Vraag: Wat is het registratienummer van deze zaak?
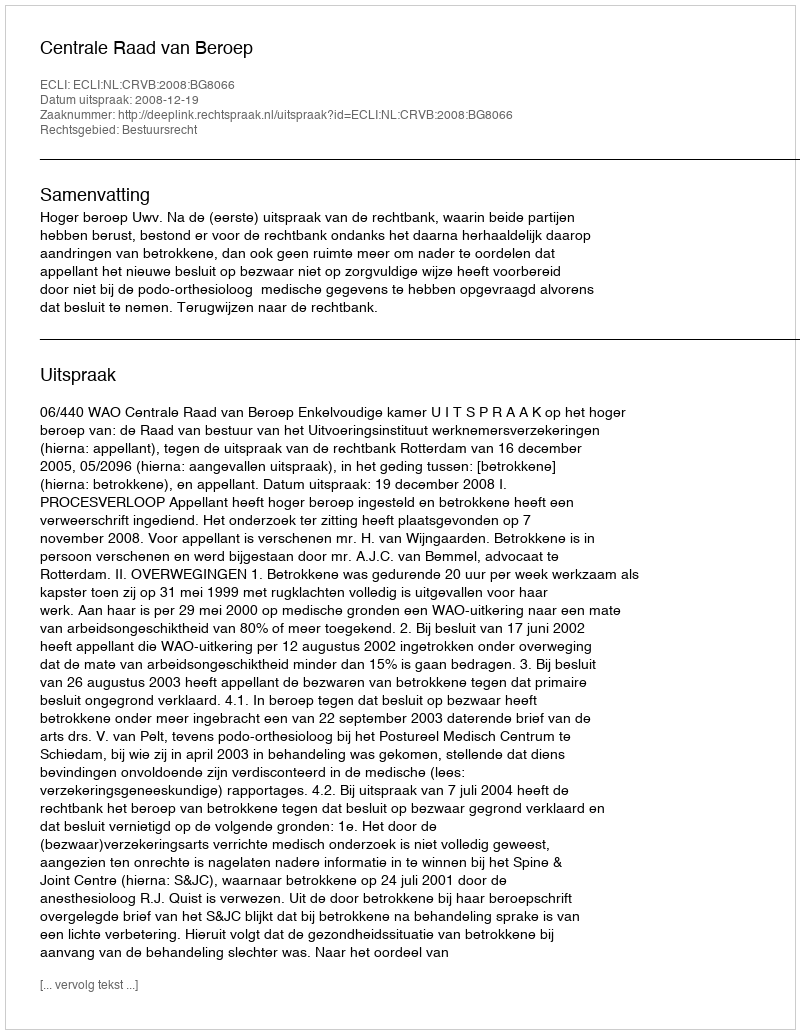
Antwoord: http://deeplink.rechtspraak.nl/uitspraak?id=ECLI:NL:CRVB:2008:BG8066